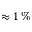
\approx 1 \, \%